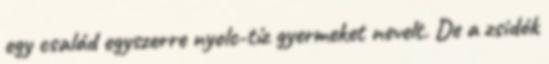
egy család egyszerre nyolc-tíz gyermeket nevelt. De a zsidók